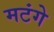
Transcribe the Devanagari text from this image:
मटंगे